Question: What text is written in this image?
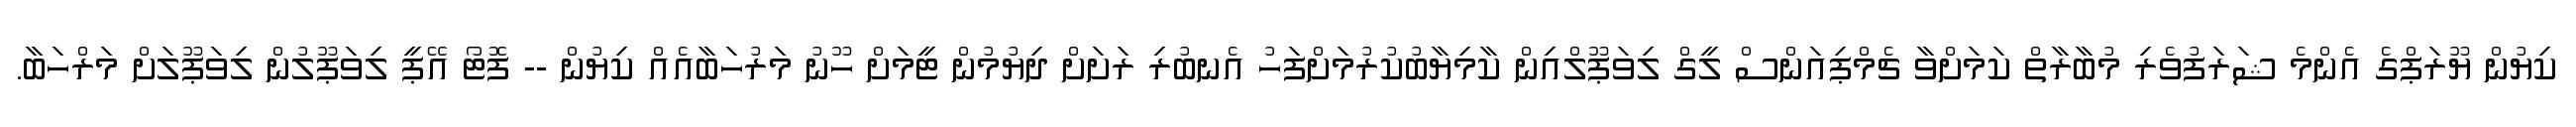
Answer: ކިޔުން ޔޫރަޕްގެ އެންމެ ޝަރަފުވެރި މުބާރާތް ކަމަށްވާ ޗެމްޕިއަންސް ލީގް ލިވަޕޫލްއިން ކާމިޔާބުކުރުމަށްފަހު އެނބުރި ރަށަށް ދިޔުމުން ޓީމަށް ހޫނު މަރުހަބާއެއް ކިޔުން -- ފޮޓޯ އޭޕީ ލިވަޕޫލުން ލިވަޕޫލަށް މަރްހަބާ.